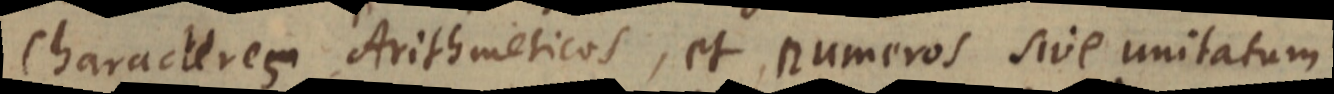
Characteres Arithmeticos, et numeros sive unitatum